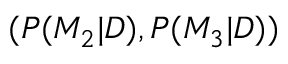
( P ( M _ { 2 } | D ) , P ( M _ { 3 } | D ) )